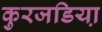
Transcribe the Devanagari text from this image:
कुरजडिया़